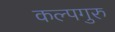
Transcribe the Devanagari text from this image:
कल्पगुरु